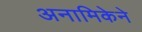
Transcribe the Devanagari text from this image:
अनामिकेने